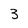
Character: 3